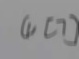
( 1 ) [ 7 ]